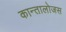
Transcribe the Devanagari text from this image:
कान्तालोजस